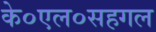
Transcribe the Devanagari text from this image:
के०एल०सहगल